Annual administration report of the Civil Veterinary Department of India - 1892-1893
Year: 1892
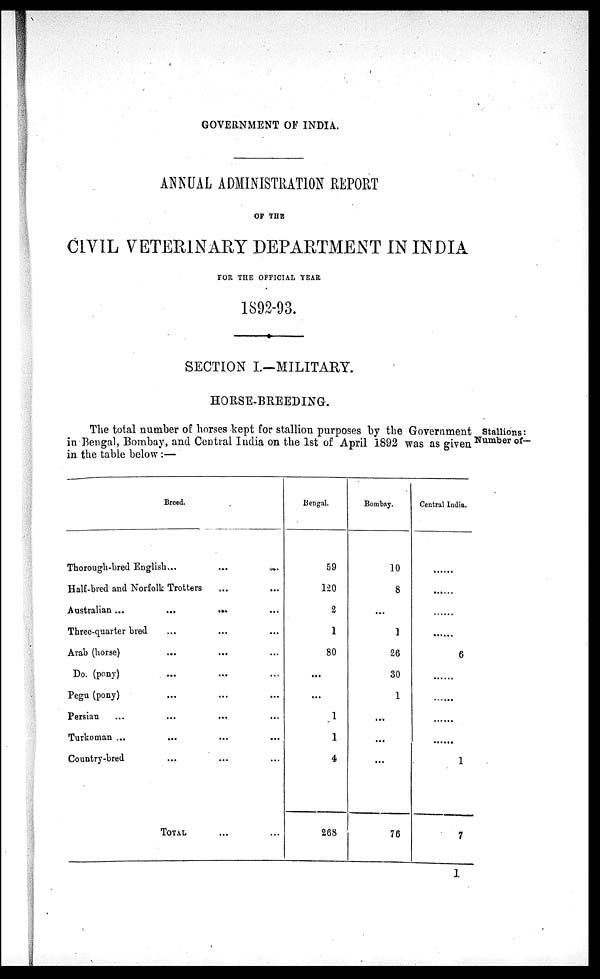
GOVERNMENT OF INDIA.
ANNUAL ADMINISTRATION REPORT
OF THE
CIVIL VETERINARY DEPARTMENT IN INDIA
FOR THE OFFICIAL YEAR
1892-93.
SECTION I.—MILITARY.
Number of—
HORSE-BREEDING.
The total number of horses kept for stallion purposes by the Government stallions:
in Bengal, Bombay, and Central India on the 1st of April 1892 was as given
in the table below :—
Breed.
Thorough-bred English ... ... ...
Half-bred and Norfolk Trotters ... ...
Australian ...
...
...
...
Three-quarter bred ... ... ...
Arab (horse) ... ... ...
Do. (pony) ... ... ...
Pegu (pony) ... ... ...
Persian ... ... ... ...
Turkoman ... ... ... ...
Country-bred ... ... ...
TOTAL ... ...
Bengal.
59
120
2
1
80
...
...
1
1
4
268
Bombay.
10
8
...
1
26
30
1
...
...
...
76
Central India.
......
......
......
......
6
......
......
......
......
1
7
1